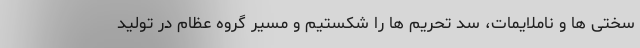
سختی ها و ناملایمات، سد تحریم ها را شکستیم و مسیر گروه عظام در تولید